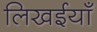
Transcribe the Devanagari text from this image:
लिखईयाँ